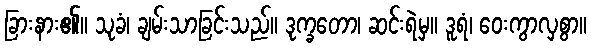
ခြားနား၏။ သုခံ၊ ချမ်းသာခြင်းသည်။ ဒုက္ခတော၊ ဆင်းရဲမှ။ ဒူရံ၊ ဝေးကွာလှစွာ။